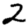
Digit: 2